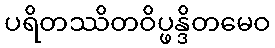
ပရိတဿိတဝိပ္ဖန္ဒိတမေဝ